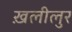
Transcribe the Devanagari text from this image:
ख़लीलुर